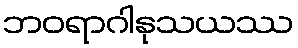
ဘဝရာဂါနုသယဿ